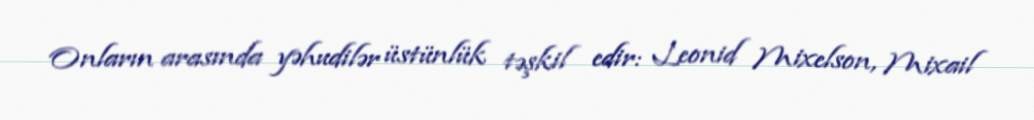
Onların arasında yəhudilər üstünlük təşkil edir: Leonid Mixelson, Mixail